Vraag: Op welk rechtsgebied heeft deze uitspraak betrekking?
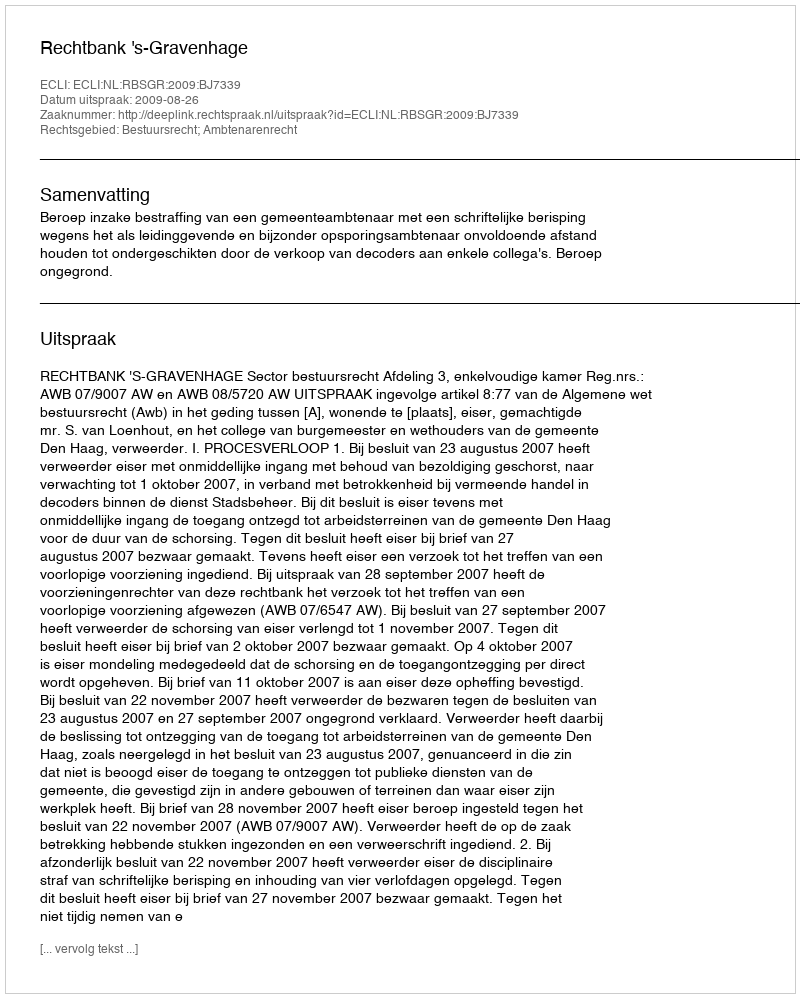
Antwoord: Bestuursrecht; Ambtenarenrecht